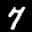
Label: 7